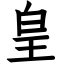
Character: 皇